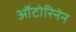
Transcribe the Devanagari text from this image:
ऑटोरिनेन